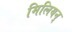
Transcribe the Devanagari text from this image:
मिलियन्